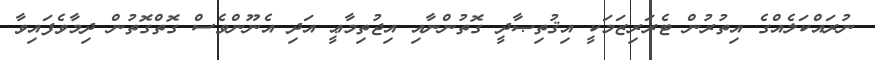
ނުރައްކަލެއްގެ އިތުރުން ޓެރަރިޒަމަކީ އިޤުތިޞާދީ ގޮތުންނާއި އިޖުތިމާޢީ އަދި އެނޫންވެސް ގޮތްގޮތުން ދިމާވެފައިވާ